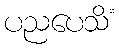
ပညပေသိံ